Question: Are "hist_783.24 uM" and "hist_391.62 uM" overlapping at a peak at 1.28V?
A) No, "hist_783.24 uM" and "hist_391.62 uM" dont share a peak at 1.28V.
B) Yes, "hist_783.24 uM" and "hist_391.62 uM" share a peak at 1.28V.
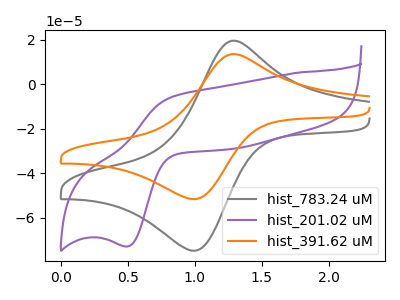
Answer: <think>The gray curve "hist_783.24 uM" has an anodic peak at (1.30V, 19.45uA) and a cathodic peak at (1.00V, -74.85uA). The purple curve "hist_201.02 uM" has an anodic peak at (0.85V, -5.85uA) and a cathodic peak at (0.50V, -72.90uA). The orange curve "hist_391.62 uM" has an anodic peak at (1.30V, 13.45uA) and a cathodic peak at (1.00V, -51.70uA).</think>
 <answer>B) Yes, "hist_783.24 uM" and "hist_391.62 uM" share a peak at 1.28V.</answer>
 <eval>B</eval>